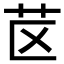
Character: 𰰤